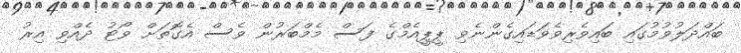
ބައްދަލުވުމުގައި ބައިވެރިވެވަޑައިގެންނެވި ޕީޕީއެމްގެ ފަސް މެމްބަރުން ވެސް އެގޮތަށް ވޯޓު ދެއްވި އިރު